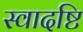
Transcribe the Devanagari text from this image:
स्वादष्टि